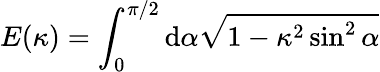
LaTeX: E(\kappa)=\int_{0}^{\pi/2}\mathrm{d}\alpha\sqrt{1-\kappa^{2}\sin^{2}\alpha}